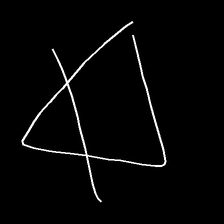
Glyph: empower